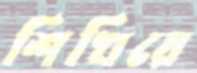
শিখিয়ে